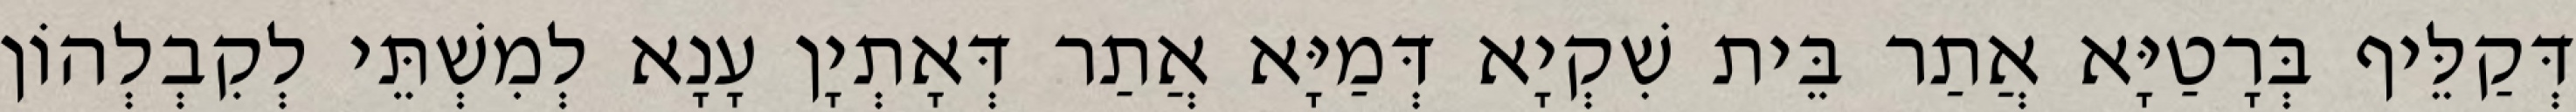
דְּקַלֵּיף בְּרָטַיָּא אֲתַר בֵּית שִׁקְיָא דְּמַיָּא אֲתַר דְּאָתְיָן עָנָא לְמִשְׁתֵּי לְקִבְלְהוֹן